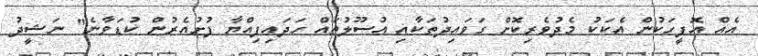
އެއް އޮފީހަކުން އެކަކު މެދުވެރިކޮށް ގަވައިދުތަކާއި އުސޫލުތައް ހަދައިފިއްޔާ ފުށުއެރުން ކުޑަވާނެ" ނަޝީދު